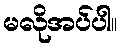
မလိုအပ်ပါ။